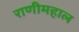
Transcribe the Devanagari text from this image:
राणीमहाल